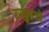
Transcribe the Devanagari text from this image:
उरकुइजो